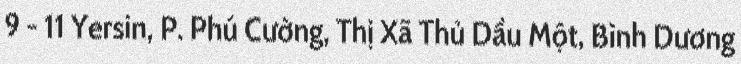
9 - 11 Yersin, P. Phú Cường, Thị Xã Thủ Dầu Một, Bình Dương